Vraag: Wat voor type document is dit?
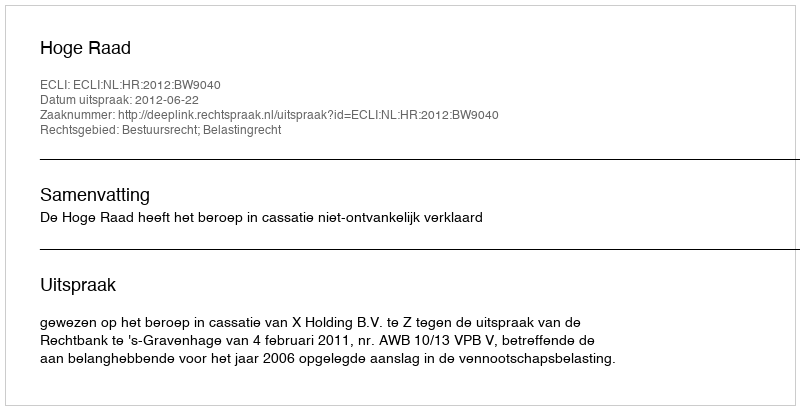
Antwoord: Uitspraak